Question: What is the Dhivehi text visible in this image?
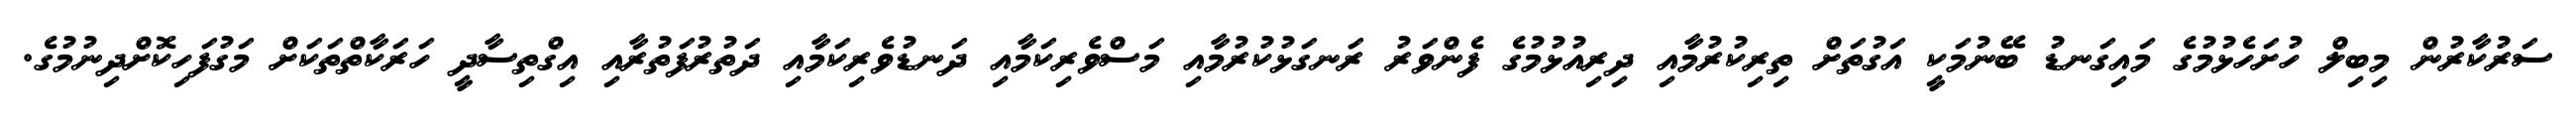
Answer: ސަރުކާރުން މިބިލް ހުށަހެޅުމުގެ މައިގަނޑު ބޭނުމަކީ އަގުތަށް ތިރިކުރުމާއި ދިރިއުޅުމުގެ ފެންވަރު ރަނގަޅުކުރުމާއި މަސްވެރިކަމާއި ދަނޑުވެރިކަމާއި ދަތުރުފަތުރާއި އިގްތިސާދީ ހަރަކާތްތަކަށް މަގުފަހިކޮށްދިނުމުގެ.